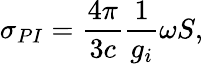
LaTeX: \sigma_{PI}={\frac{4\pi}{3c}}{\frac{1}{g_{i}}}\omega S,